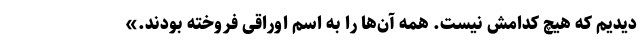
دیدیم که هیچ کدامش نیست. همه آن‌ها را به اسم اوراقی فروخته بودند.»